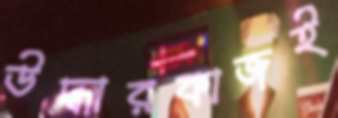
উদ্ধারকাজই